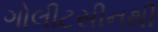
ગોલીટસીનથી